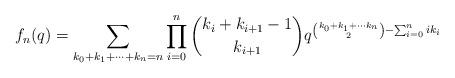
LaTeX: \begin{align*}f_n(q)=\sum_{k_0+k_1+\cdots+k_{n}=n}\prod_{i=0}^{n} {k_i+k_{i+1}-1 \choose k_{i+1}}q^{{k_0+k_1+\cdots k_n\choose 2}-\sum_{i=0}^{n}{ik_i}}\end{align*}